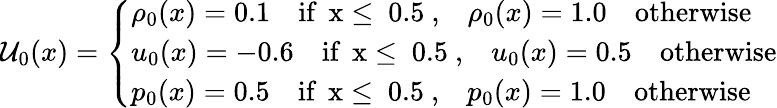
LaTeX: \mathcal{U}_{0}(x)=\left\{ \begin{array}{ll}{\rho_{0}(x)=0.1\quad\mathrm{if~\, x\leq~0.5~,}\quad\rho_{0}(x)=1.0\quad\mathrm{otherwise}}\\ {u_{0}(x)=-0.6\quad\mathrm{if~\, x\leq~0.5~,}\quad u_{0}(x)=0.5\quad\mathrm{otherwise}}\\ {p_{0}(x)=0.5\quad\mathrm{if~\, x\leq~0.5~,}\quad p_{0}(x)=1.0\quad\mathrm{otherwise}}\end{array}\right.